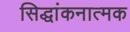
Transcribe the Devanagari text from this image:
सिद्धांकनात्मक